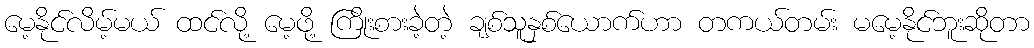
မေ့နိုင်လိမ့်မယ် ထင်လို့ မေ့ဖို့ ကြိုးစားခဲ့တဲ့ ချစ်သူနှစ်ယောက်ဟာ တကယ်တမ်း မမေ့နိုင်ဘူးဆိုတာ